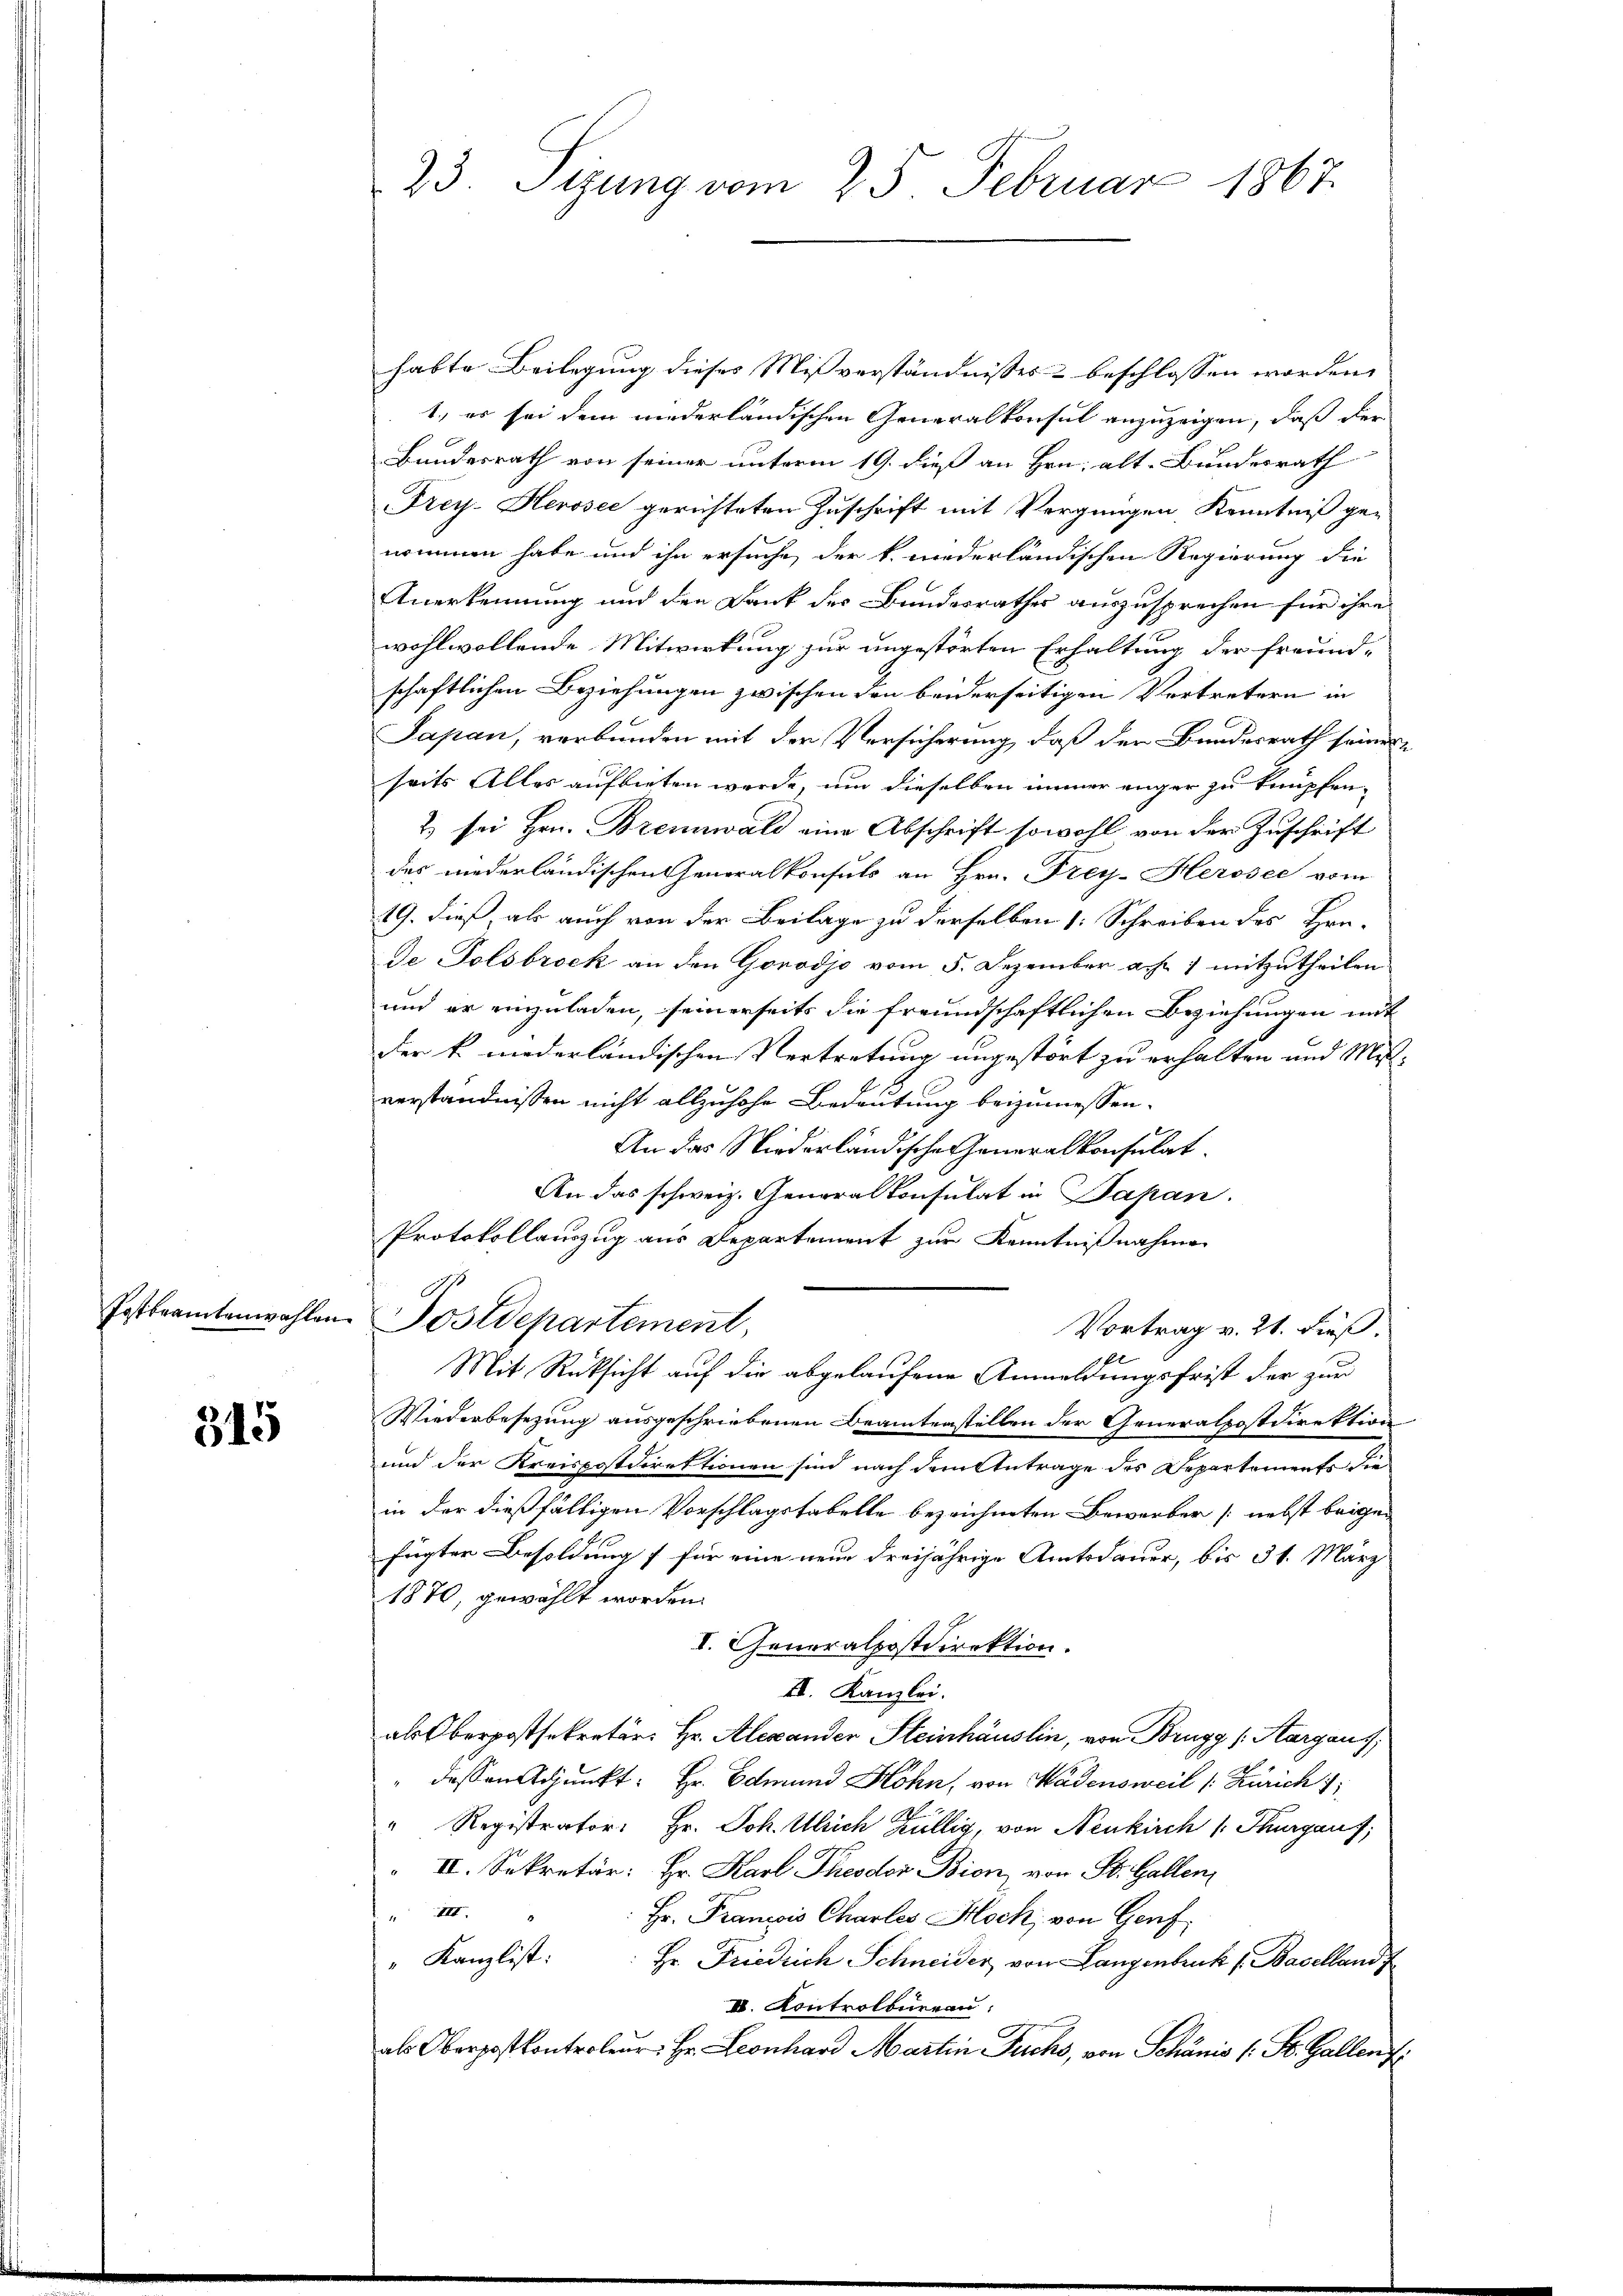
Postbeamtenwahlen.

515

23. Sizung vom 25. Februar 1867.

habte Beilegung dieses Mißverständnisses & beschlossen worden,
1., es sei dem niederländischen Generalkonsul anzuzeigen, daß der
Bundesrath von seiner unterm 19. dieß an Hrn. Alt-Bundesrath
Frey- Herosec gerichteten Zuschrift mit Vergnügen Kenntniß genommen habe und ihn ersuche der k. niederländischen Regierung die
Anerkennung und den Dank des Bundesrathes auszusprechen für ihre
wohlwollende Mitwirkung zur ungestörten Erhaltung der Freundschaftlichen Beziehungen zwischen den beiderseitigen Vertretern in
Sapan, verbunden mit der Versicherung, daß den Bundesrath seiner
seits Alles aufbieten werde, um dieselben immer enger zu knüpfen-
2 sei Hrn. Brennwald eine Abschrift sowohl von der Zuschrift
des niederländischen Generalkonsuls an Hrn. Frey-Herosee vom
19. dieß, als auch von der Beilage zu derselben : Schreiben des Hrn.
de Tolsbrock an den Gorodjo vom 5. Dezember a. f. 1 mitzutheilen
und er einzuladen, seinerseits die freundschaftlichen Beziehungen mit
der k. niederländischen Vertretung ungestört zu erhalten und Misverständnissen nicht allzuhohe Bedeutung beizumessen.
An das Niederländische Generalkonsulat
An das schweiz. Generalkonsulat in Papan.
Protokollauszug aus Departement zur Kenntnißnahme
Postdepartement,
Vortrag v. 21. dieß.
Mit Rücksicht auf die abgelaufene Anmeldungsfrist der zur
Wiederbesezung ausgeschriebenen Beamtenstellen der Generalpostdirektion
und der Kreispostdirektionen sind nach dem Antrage des Departements die
in der dießfälligen Vorschlagstabelle bezeichneten Bewerber nebst beigen
fügter Besoldung für eine neue dreijährige Amtsdauer, bis 31. März
1870, gewählt worden.
V. Generalpostdirektion.
II. Kanzlei.
als Oberpostsekretär, Hr. Alexander Steinhäuslin, von Brugg (Aargaus;
dessen Adjunkt: Hr. Edmund Hohn, von Wädensweil (: Zürich 1
" Registrator Hr. Joh. Ulrich Köllig, von Neukirch /: Thurgauf;
II. Sekretär: Hr. Karl Theodor Bion, von St. Gallen,
III.
Hr. Franzis Charles Hoch, von Genf
" Kanzlist:
Hr. Friedrich Schneider, von Langenbruck v. Bacelland f
II. Kontrolbureau
als Oberpostkontroler Hr. Leonhard Martin Fuchs, von Schanis (: St. Gallenz